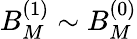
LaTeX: B_{M}^{(1)}\sim B_{M}^{(0)}